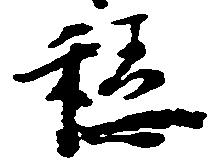
穏